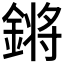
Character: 𨪙